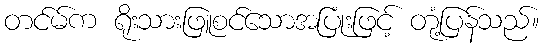
တင်မ်က ရိုးသားဖြူစင်သောအပြုံးဖြင့် တုံ့ပြန်သည်။